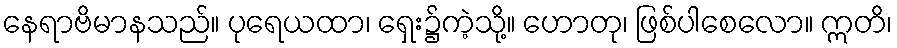
နေရာဗိမာနသည်။ ပုရေယထာ၊ ရှေး၌ကဲ့သို့။ ဟောတု၊ ဖြစ်ပါစေလော။ ဣတိ၊